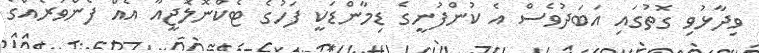
ވިދާޅުވި ގޮތުގައި އަބަދުވެސް އެ ކުންފުނީގެ ޑިމާންޑަކީ ފަހުގެ ޓެކްނޮލޮޖީއާ އެއް ފެންވަރެއްގެ